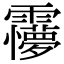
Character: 𩆽